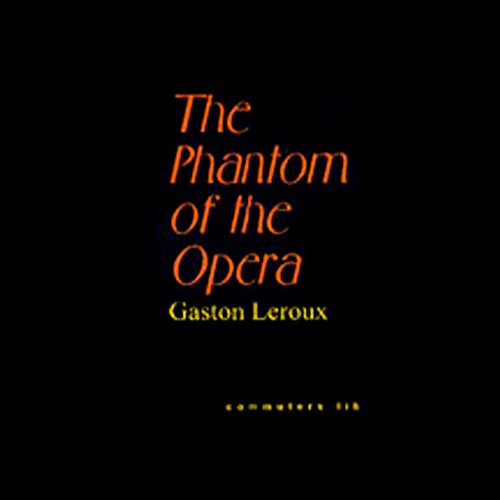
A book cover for The Phantom of the Opera; Gaston Leroux; Literature & Fiction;